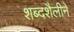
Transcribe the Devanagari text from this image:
शब्दशैलीने